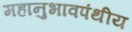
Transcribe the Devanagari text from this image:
महानुभावपंथीय